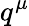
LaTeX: q^{\mu}